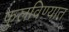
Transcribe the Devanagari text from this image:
फुलविण्यात